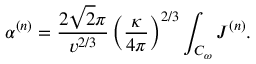
\alpha ^ { ( n ) } = \frac { 2 \sqrt { 2 } \pi } { v ^ { 2 / 3 } } \left( \frac { \kappa } { 4 \pi } \right) ^ { 2 / 3 } \int _ { { \cal { C } } _ { \omega } } { J ^ { ( n ) } } .